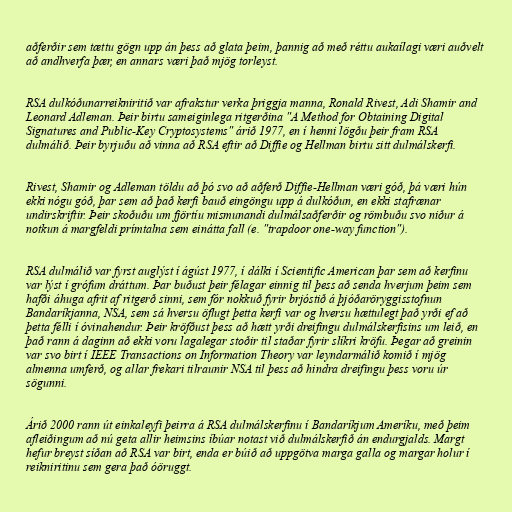
aðferðir sem tættu gögn upp án þess að glata þeim, þannig að með réttu aukaílagi væri auðvelt
að andhverfa þær, en annars væri það mjög torleyst.

RSA dulkóðunarreikniritið var afrakstur verka þriggja manna, Ronald Rivest, Adi Shamir and
Leonard Adleman. Þeir birtu sameiginlega ritgerðina "A Method for Obtaining Digital
Signatures and Public-Key Cryptosystems" árið 1977, en í henni lögðu þeir fram RSA
dulmálið. Þeir byrjuðu að vinna að RSA eftir að Diffie og Hellman birtu sitt dulmálskerfi.

Rivest, Shamir og Adleman töldu að þó svo að aðferð Diffie-Hellman væri góð, þá væri hún
ekki nógu góð, þar sem að það kerfi bauð eingöngu upp á dulkóðun, en ekki stafrænar
undirskriftir. Þeir skoðuðu um fjörtíu mismunandi dulmálsaðferðir og römbuðu svo niður á
notkun á margfeldi prímtalna sem einátta fall (e. "trapdoor one-way function").

RSA dulmálið var fyrst auglýst í ágúst 1977, í dálki í Scientific American þar sem að kerfinu
var lýst í grófum dráttum. Þar buðust þeir félagar einnig til þess að senda hverjum þeim sem
hafði áhuga afrit af ritgerð sinni, sem fór nokkuð fyrir brjóstið á þjóðaröryggisstofnun
Bandaríkjanna, NSA, sem sá hversu öflugt þetta kerfi var og hversu hættulegt það yrði ef að
þetta félli í óvinahendur. Þeir kröfðust þess að hætt yrði dreifingu dulmálskerfisins um leið, en
það rann á daginn að ekki voru lagalegar stoðir til staðar fyrir slíkri kröfu. Þegar að greinin
var svo birt í IEEE Transactions on Information Theory var leyndarmálið komið í mjög
almenna umferð, og allar frekari tilraunir NSA til þess að hindra dreifingu þess voru úr
sögunni.

Árið 2000 rann út einkaleyfi þeirra á RSA dulmálskerfinu í Bandaríkjum Ameríku, með þeim
afleiðingum að nú geta allir heimsins íbúar notast við dulmálskerfið án endurgjalds. Margt
hefur breyst síðan að RSA var birt, enda er búið að uppgötva marga galla og margar holur í
reikniritinu sem gera það óöruggt.